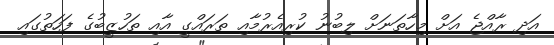
އަދި ރާއްޖެ އަށް މިހާތަނަށް ލިބުނު ކުރިއެރުމާއި ތަރައްގީ އާއި ތަހުޒީބުގެ ފަހަތުގައި